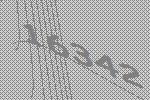
16342